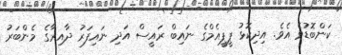
ކަންބޮޑުވެ އެވެ. އިދިކޮޅު ޕީޕީއެމްގެ ނައިބް ރައީސް އަދި ނައިފަރު ދާއިރާގެ މެންބަރު